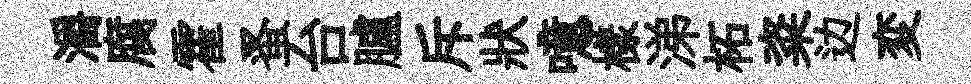
灂腐霍蚤台臚斥狀噫樣涕柘粢边変